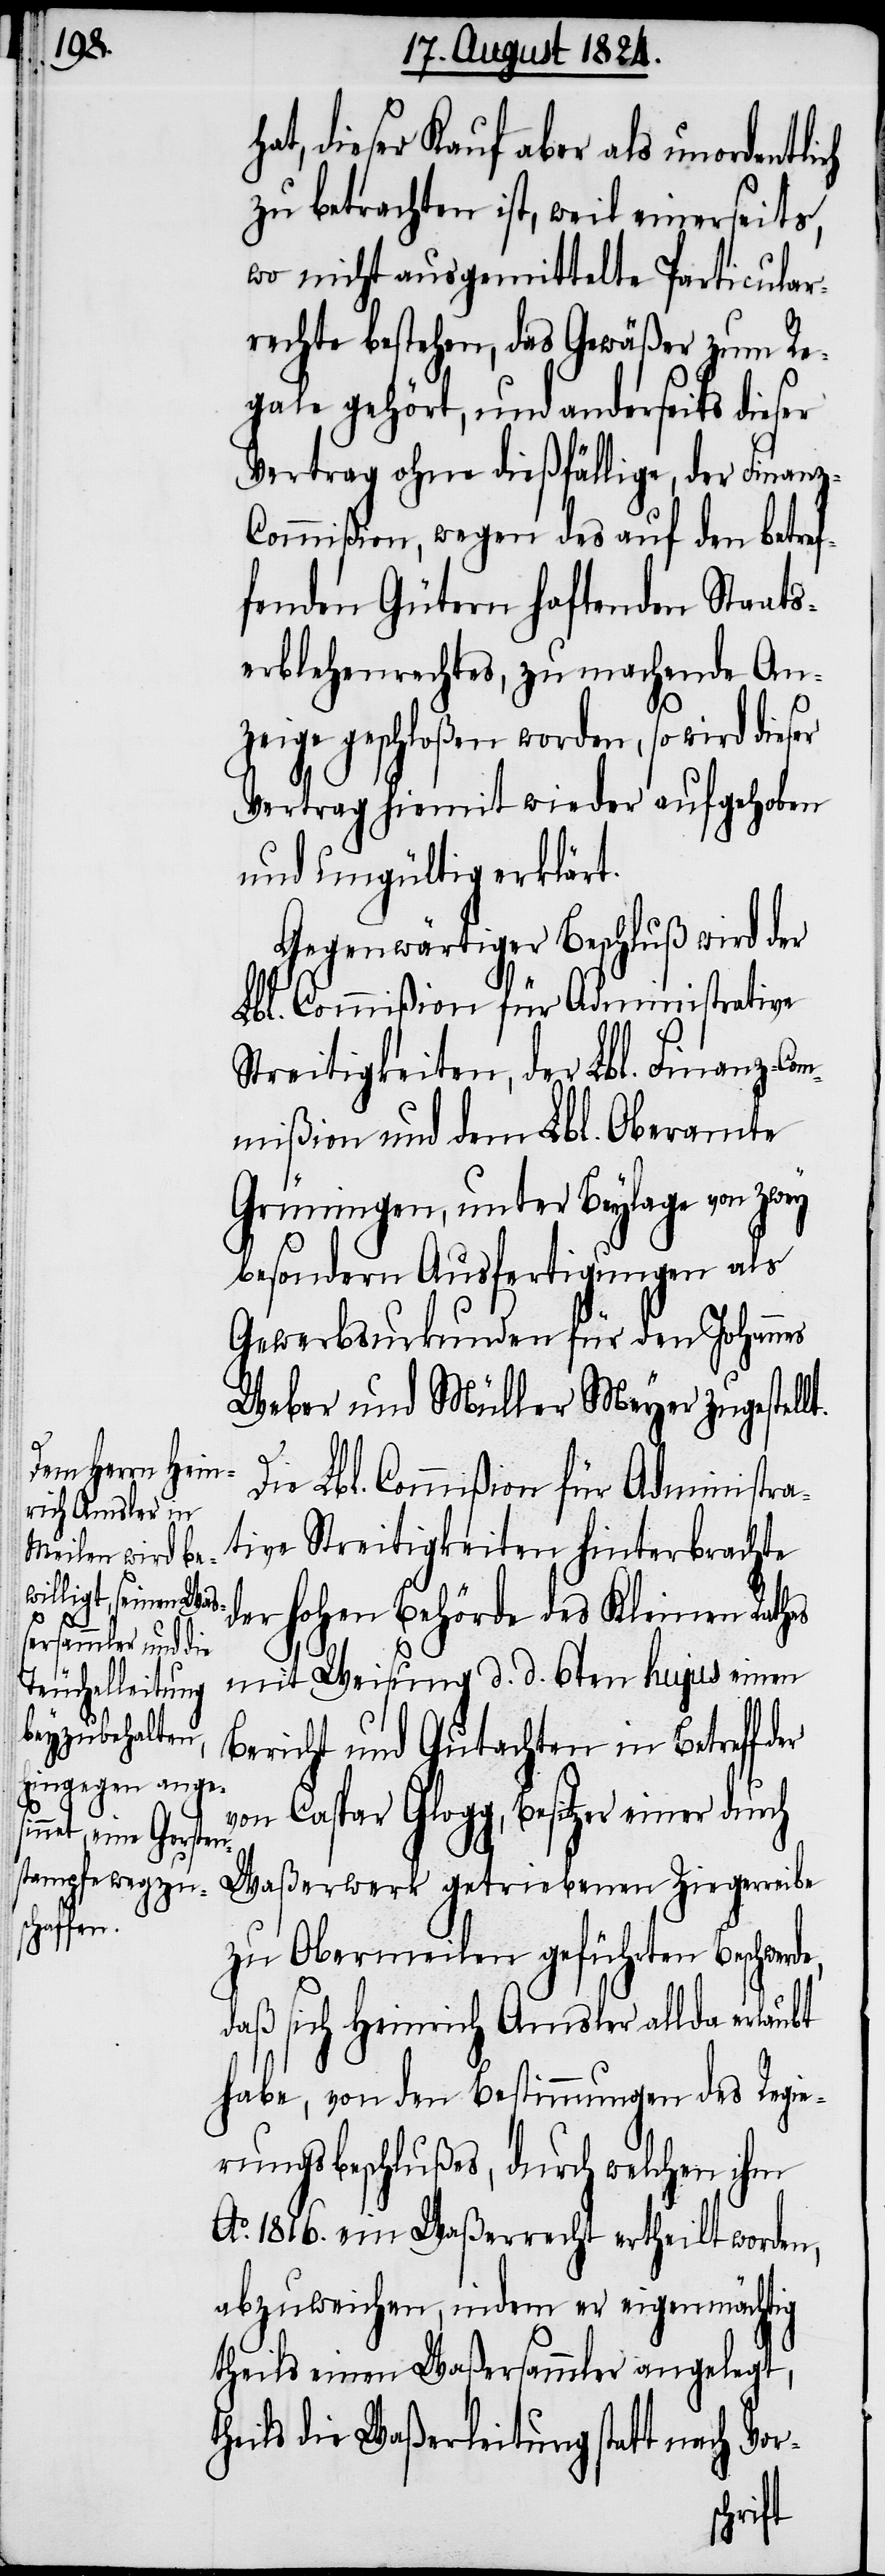
t.
or-

hat, dieser Kauf aber als unordentlich
zu betrachten ist, weil einerseits,
wo nicht ausgemittelte Particular¬
rechte bestehen, das Gewäßer zum Re¬
gale gehört, und anderseits dieser
Vertrag ohne dießfällige, der Finan¬
ommißion, wegen des auf den betref¬
fenden Gütern haftenden Staats¬
erblehenrechtes, zu machende An¬
zeige geschloßen worden, so wird dieser
Vertrag hiemit wieder aufgehoben
und ungültig erklärt.
Gegenwärtiger Beschluß wird der
Lbl. Commißion für Administrative
Streitigkeiten, der Lbl. Finanz-Com¬
mißion und dem Lbl. Oberamte
Grüningen, unter Beylage von zwey
besondern Ausfertigungen als
Gewerbsurkunden für den Johannes
Weber und Müller Meyer zugestell¬
Die Lbl. Commißion für Administra¬
tive Streitigkeiten hinterbrachte
der hohen Behörde des Kleinen Rathes
mit Weisung d. d. 6ten hujus einen
Bericht und Gutachten in Betreff
von Caspar Glogg, Besitzer einer durch
Waßerwerk getriebenen Ziegerreibe
zu Obermeilen geführten Beschwerde,
daß sich Heinrich Amsler allda erlaubt
habe, von den Bestimmungen des Regie¬
rungsbeschlußes, durch welchen ihm
Ao. 1816. ein Waßerrecht ertheilt worden,
abzuweichen, indem er eigenmächtig
theils einen Waßersammler angelegt,
heils die Waßerleitung statt nach V¬